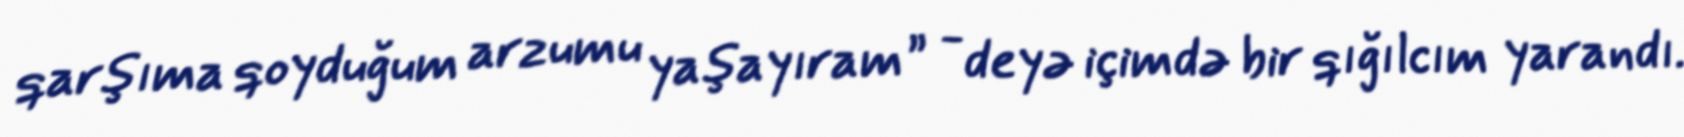
qarşıma qoyduğum arzumu yaşayıram” - deyə içimdə bir qığılcım yarandı.